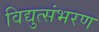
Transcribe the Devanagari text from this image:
विद्युत्संभरण